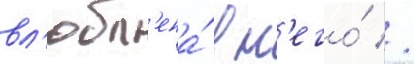
вл'юбл'ена́ в н'его́ //